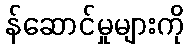
န်ဆောင်မှုများကို